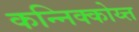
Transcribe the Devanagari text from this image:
कन्निक्कोय्त्त